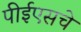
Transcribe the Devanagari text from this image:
पीईएसचे